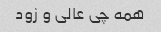
همه چی عالی و زود